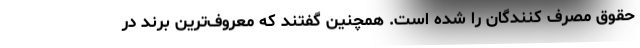
حقوق مصرف کنندگان را شده است. همچنین گفتند که معروف‌ترین برند در